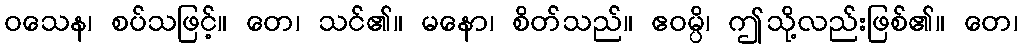
ဝသေန၊ စပ်သဖြင့်။ တေ၊ သင်၏။ မနော၊ စိတ်သည်။ ဧဝမ္ပိ၊ ဤသို့လည်းဖြစ်၏။ တေ၊